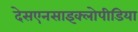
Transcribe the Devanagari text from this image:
देसएनसाइक्लोपीडिया